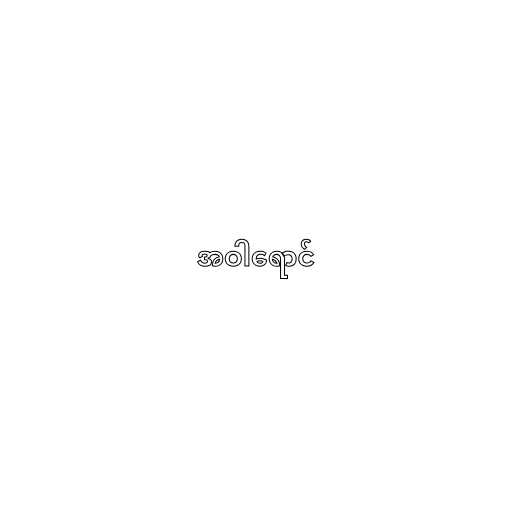
အဝါရောင်